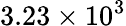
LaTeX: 3.23\times 10^{3}